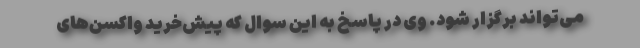
می‌تواند برگزار شود. وی در پاسخ به این سوال که پیش‌خرید واکسن‌های